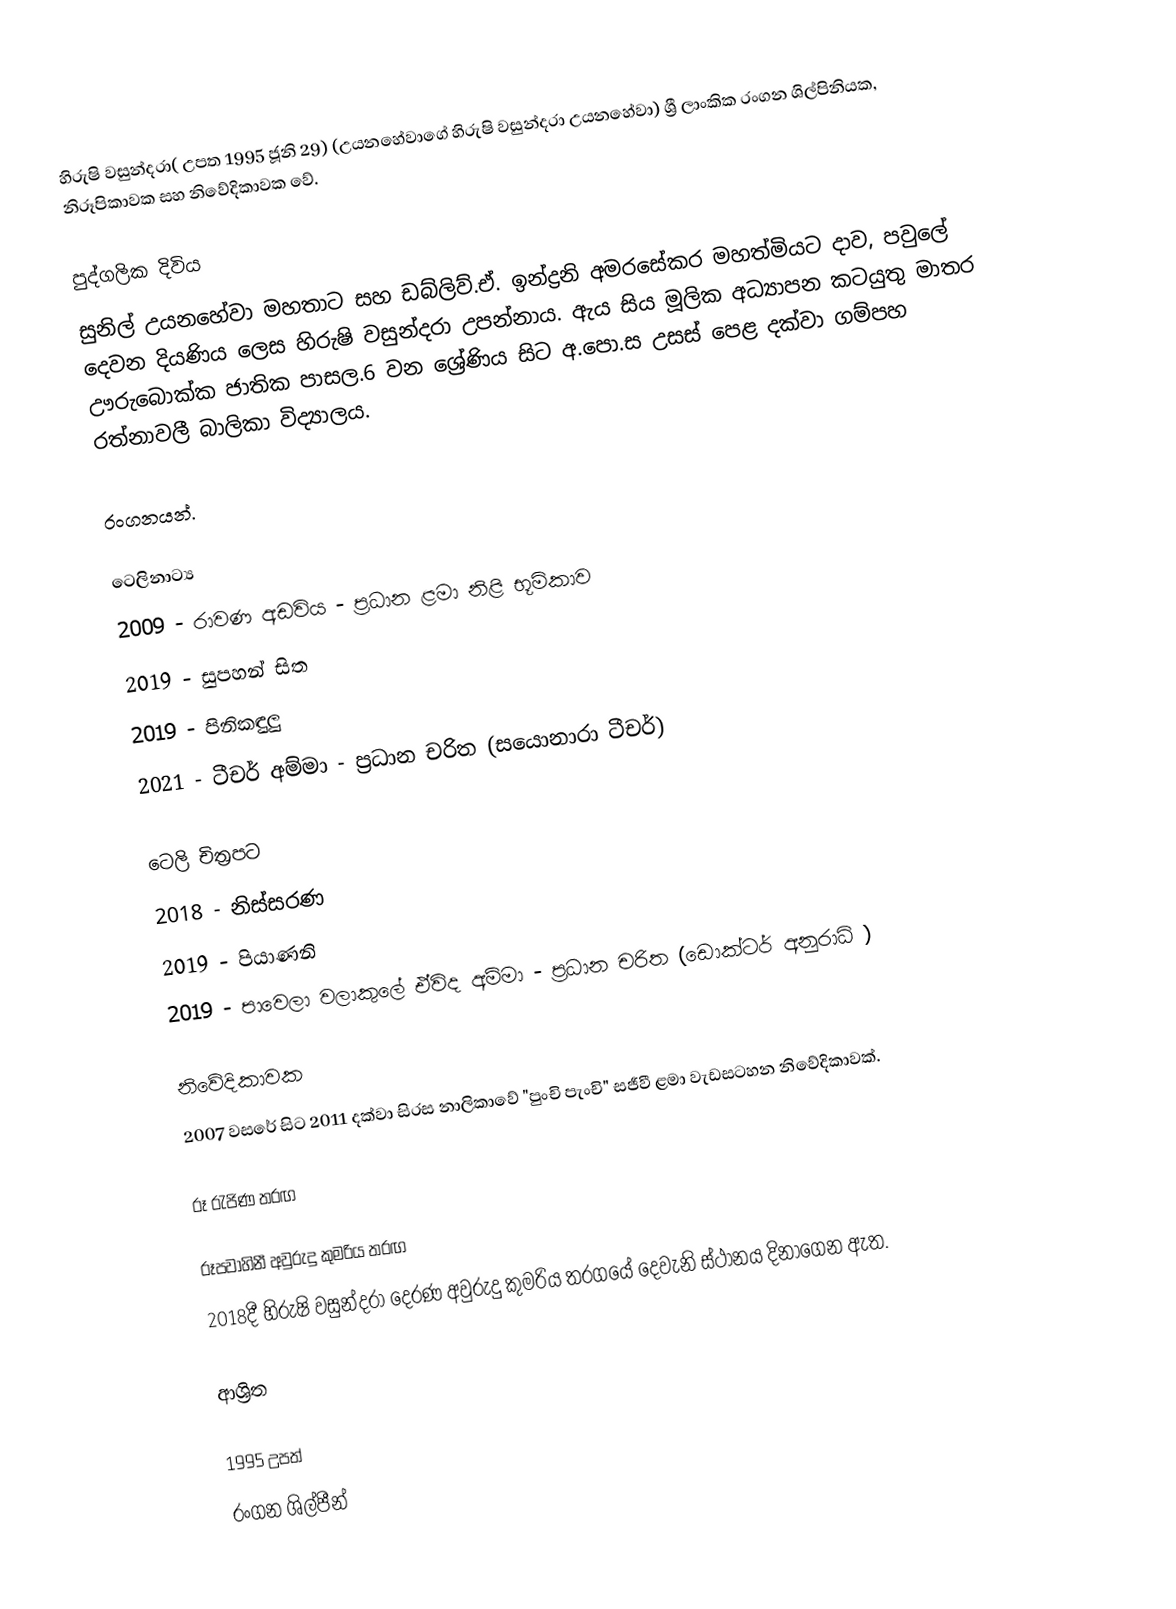
හිරුෂි වසුන්දරා( උපත 1995 ජූනි 29) (උයනහේවාගේ හිරුෂි වසුන්දරා උයනහේවා) ශ්‍රී ලාංකික රංගන ශිල්පිනියක, නිරූපිකාවක සහ නිවේදිකාවක වේ.

පුද්ගලික දිවිය
සුනිල් උයනහේවා මහතාට සහ  ඩබ්ලිව්.ඒ. ඉන්ද්‍රනි අමරසේකර මහත්මියට දාව, පවුලේ දෙවන දියණිය ලෙස හිරුෂි වසුන්දරා උපන්නාය. ඇය සිය මූලික අධ්‍යාපන කටයුතු මාතර ඌරුබොක්ක ජාතික පාසල.6 වන ශ්‍රේණිය සිට අ.පො.ස උසස් පෙළ දක්වා ගම්පහ ‍රත්නාවලී බාලිකා විද්‍යාලය.

රංගනයන්.

ටෙලිනාට්‍ය
2009 - රාවණ අඩවිය - ප්‍රධාන ළමා නිළි භූමිකාව
2019 - සුපහන් සිත
2019 - පිනිකඳුලු
2021 - ටීචර් අම්මා - ප්‍රධාන චරිත (සයොනාරා ටීචර්)

ටෙලි චිත්‍රපට
2018 - නිස්සරණ
2019 - පියාණනි
2019 - පාවෙලා වලාකුලේ ඒවිද අම්මා  -  ප්‍රධාන චරිත (ඩොක්ටර් අනුරාධි )

නිවේදිකාවක
 2007 වසරේ සිට 2011 දක්වා සිරස නාලිකාවේ "පුංචි පැංචි" සජීවී ළමා වැඩසටහන නිවේදිකාවක්.

රූ රැජිණ තරඟ

රූපවාහිනී අවුරුදු කුමරිය තරඟ
2018දී හිරුෂි වසුන්දරා දෙරණ අවුරුදු කුමරිය තරගයේ දෙවැනි ස්ථානය දිනාගෙන ඇත.

ආශ්‍රිත

1995 උපත්
රංගන ශිල්පීන්